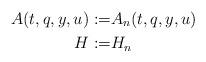
LaTeX: \begin{align*}A(t,q,y,u):= & A_n(t,q,y,u) \\H:= & H_n \end{align*}